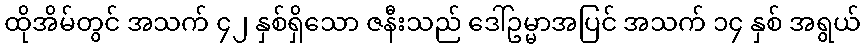
ထိုအိမ်တွင် အသက် ၄၂ နှစ်ရှိသော ဇနီးသည် ဒေါ်ဥမ္မာအပြင် အသက် ၁၄ နှစ် အရွယ်